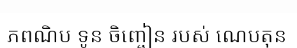
ភពណិប ទូន ចិញ្ចៀន របស់ ណេបតុន